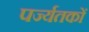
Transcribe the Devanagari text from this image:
पर्ज्यतकों